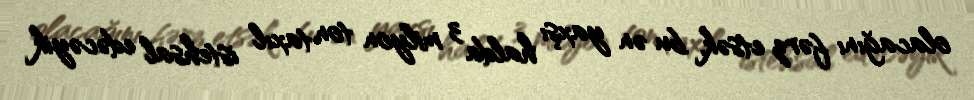
olacağını fərz etsək, bu ən yaxşı halda 3 milyon ton taxıl istehsal edəcəyik